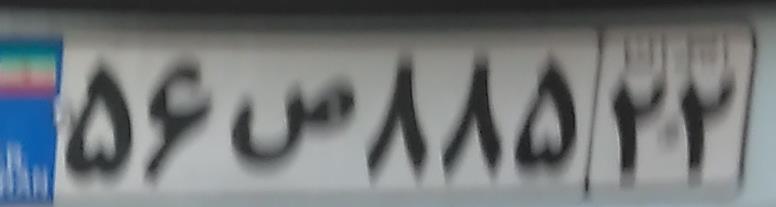
۵۶ص۸۸۵۲۲